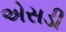
એસડી